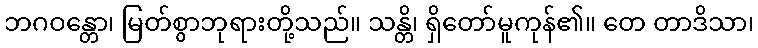
ဘဂဝန္တော၊ မြတ်စွာဘုရားတို့သည်။ သန္တိ၊ ရှိတော်မူကုန်၏။ တေ တာဒိသာ၊